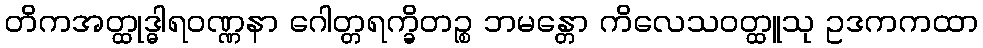
တိကအတ္ထုဒ္ဓါရဝဏ္ဏနာ ဂေါတ္တရက္ခိတဉ္စ ဘမန္တော ကိလေသဝတ္ထူသု ဥဒကကထာ